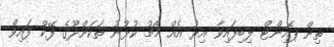
ތިން ޕޮއިންޓް ލިބިފައިވާ އިރު އެއް މެޗު ކުޅުނު ތަކަންދޫގެ ފޭކް ފައިވް